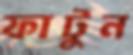
ফাটুন